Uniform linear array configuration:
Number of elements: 8
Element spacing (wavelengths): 0.75
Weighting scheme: hamming
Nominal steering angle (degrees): -45
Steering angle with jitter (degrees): -46.16
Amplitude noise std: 0.05
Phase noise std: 0.05

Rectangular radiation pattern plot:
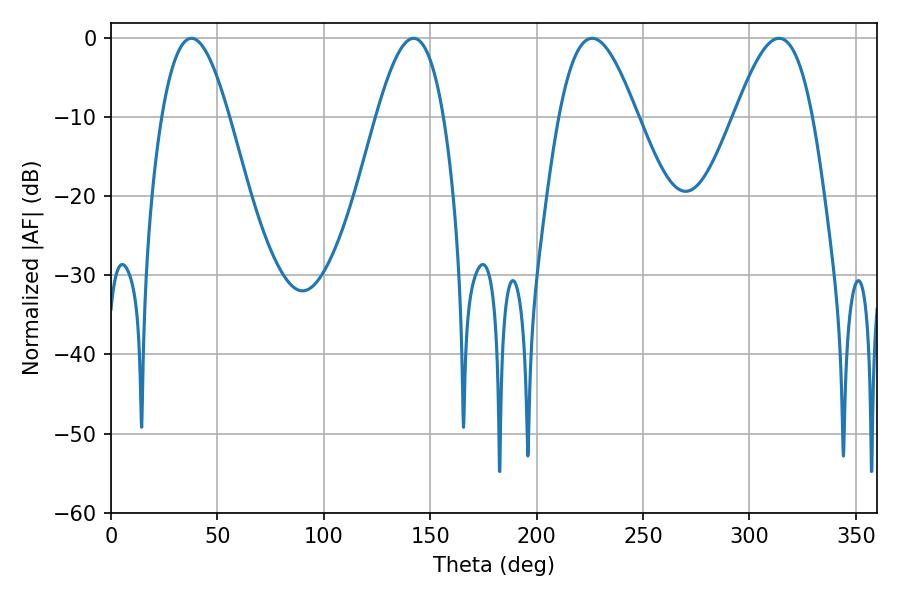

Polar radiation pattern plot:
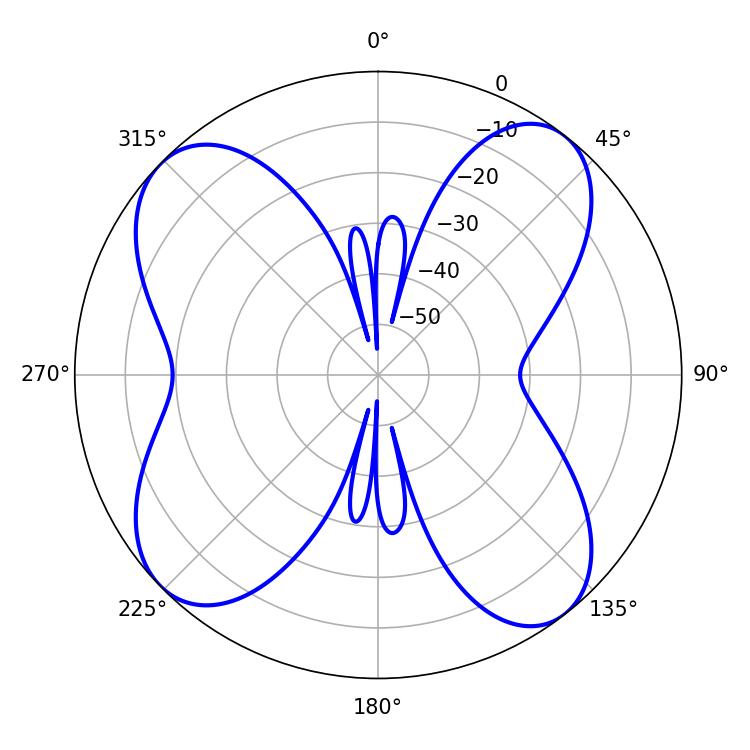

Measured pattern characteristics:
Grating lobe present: TRUE
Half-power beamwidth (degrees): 19.8
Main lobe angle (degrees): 226.08